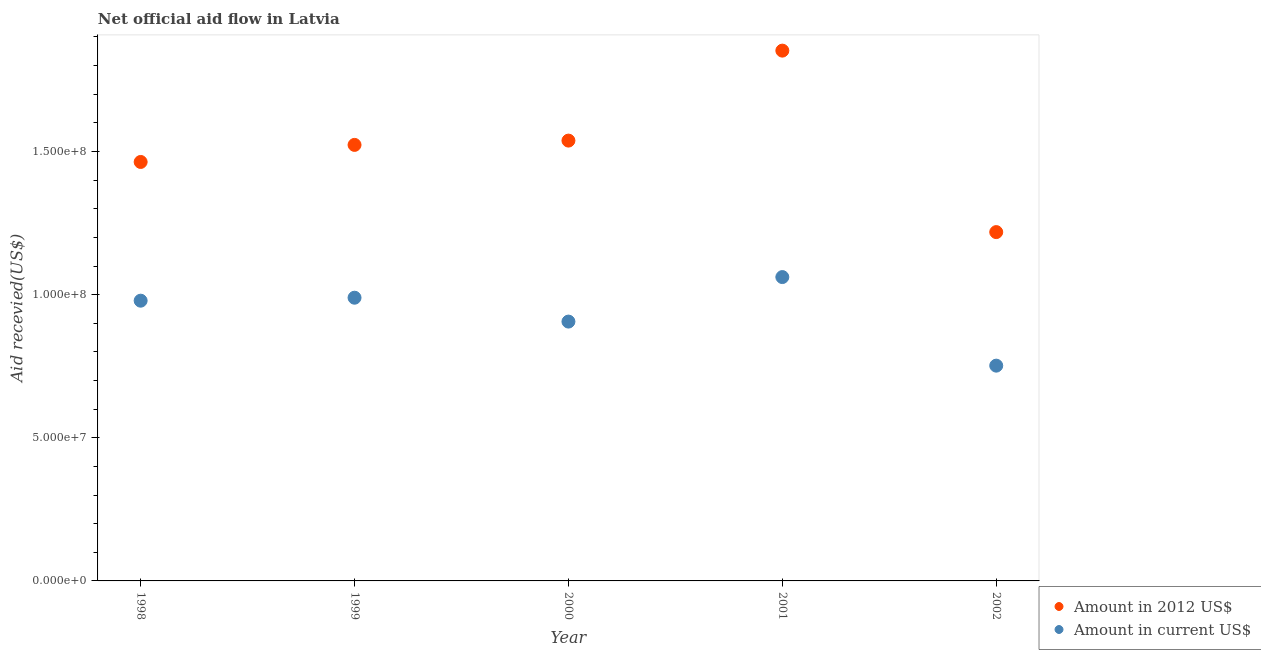
| Year | Amount in 2012 US$ | Amount in current US$ |
 | --- | --- | --- |
 | 1998 | 1.46e+08 | 9.79e+07 |
 | 1999 | 1.52e+08 | 9.89e+07 |
 | 2000 | 1.54e+08 | 9.06e+07 |
 | 2001 | 1.85e+08 | 1.06e+08 |
 | 2002 | 1.22e+08 | 7.52e+07 |